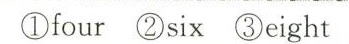
①four ②six ③eight